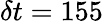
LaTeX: \delta t=155